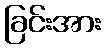
ခြင်းအား